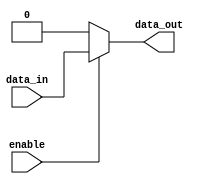
module buffer_with_enable(
    input data_in,
    input enable,
    output reg data_out
);

always @ (data_in, enable)
begin
    if (enable)
        data_out = data_in;
    else
        data_out = 0;
end

endmodule